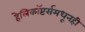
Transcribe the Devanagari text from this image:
हेलिकॉप्टर्समधूनही